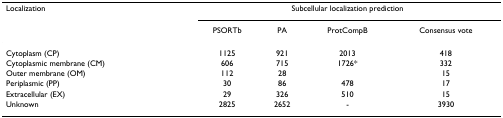
<table><thead><tr><td><b>Localization</b></td><td colspan="4"><b>Subcellular localization prediction</b></td></tr><tr><td></td><td><b>PSORTb</b></td><td><b>PA</b></td><td><b>ProtCompB</b></td><td><b>Consensus vote</b></td></tr></thead><tbody><tr><td>Cytoplasm (CP)</td><td>1125</td><td>921</td><td>2013</td><td>418</td></tr><tr><td>Cytoplasmic membrane (CM)</td><td>606</td><td>715</td><td>1726*</td><td>332</td></tr><tr><td>Outer membrane (OM)</td><td>112</td><td>28</td><td></td><td>15</td></tr><tr><td>Periplasmic (PP)</td><td>30</td><td>86</td><td>478</td><td>17</td></tr><tr><td>Extracellular (EX)</td><td>29</td><td>326</td><td>510</td><td>15</td></tr><tr><td>Unknown</td><td>2825</td><td>2652</td><td>-</td><td>3930</td></tr></tbody></table>